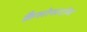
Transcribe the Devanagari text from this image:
क्रैसोसटॉम